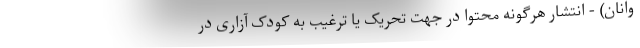
وانان) - انتشار هرگونه محتوا در جهت تحریک یا ترغیب به کودک آزاری در